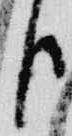
臣